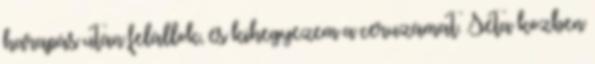
harapás után felállok, és kihegyezem a ceruzámat. Séta közben